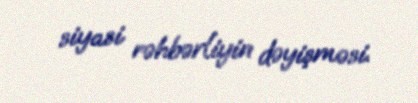
siyasi rəhbərliyin dəyişməsi.